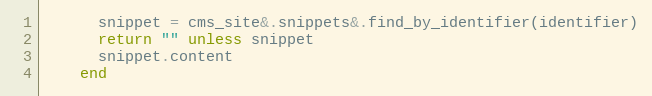
Language: Ruby
      snippet = cms_site&.snippets&.find_by_identifier(identifier)
      return "" unless snippet
      snippet.content
    end